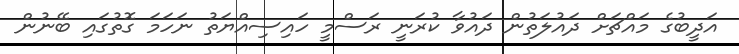
އަދީބުގެ މައްޗަށް ދައުލަތުން ދައުވާ ކުރަނީ ރަސްމީ ހައިސިއްޔަތު ނަހަމަ ގޮތުގައި ބޭނުން